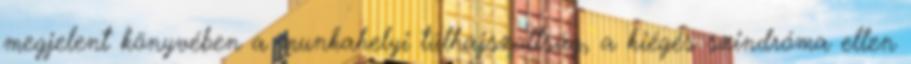
megjelent könyvében a munkahelyi túlhajszoltság, a kiégés szindróma ellen